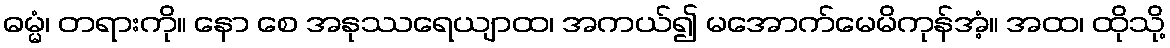
ဓမ္မံ၊ တရားကို။ နော စေ အနုဿရေယျာထ၊ အကယ်၍ မအောက်မေမိကုန်အံ့။ အထ၊ ထိုသို့